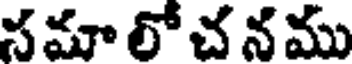
సమా లో చ న ము